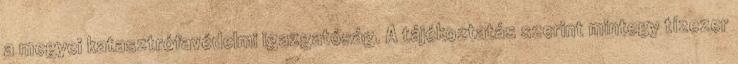
a megyei katasztrófavédelmi igazgatóság. A tájékoztatás szerint mintegy tízezer